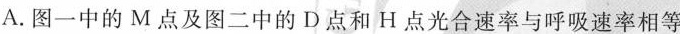
A.图一中的M点及图二中的D点和H点光合速率与呼吸速率相等